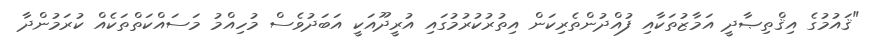
"ޤައުމުގެ އިޤްތިޞާދީ އަމާޒުތަކާއި ފުއްދުންތެރިކަން އިތުރުކުރުމުގައި އުރީދޫއަކީ އަބަދުވެސް މުހިއްމު މަސައްކަތްތަކެއް ކުރަމުންދާ